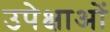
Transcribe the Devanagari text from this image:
उपेक्षाअों